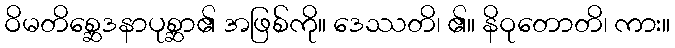
ဝိမတိစ္ဆေဒနာပုစ္ဆာ၏ အဖြစ်ကို။ ဒေဿတိ၊ ၏။ နိဝုတောတိ၊ ကား။